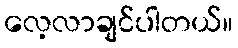
လေ့လာချင်ပါတယ်။